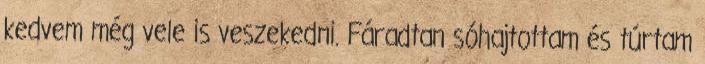
kedvem még vele is veszekedni. Fáradtan sóhajtottam és túrtam